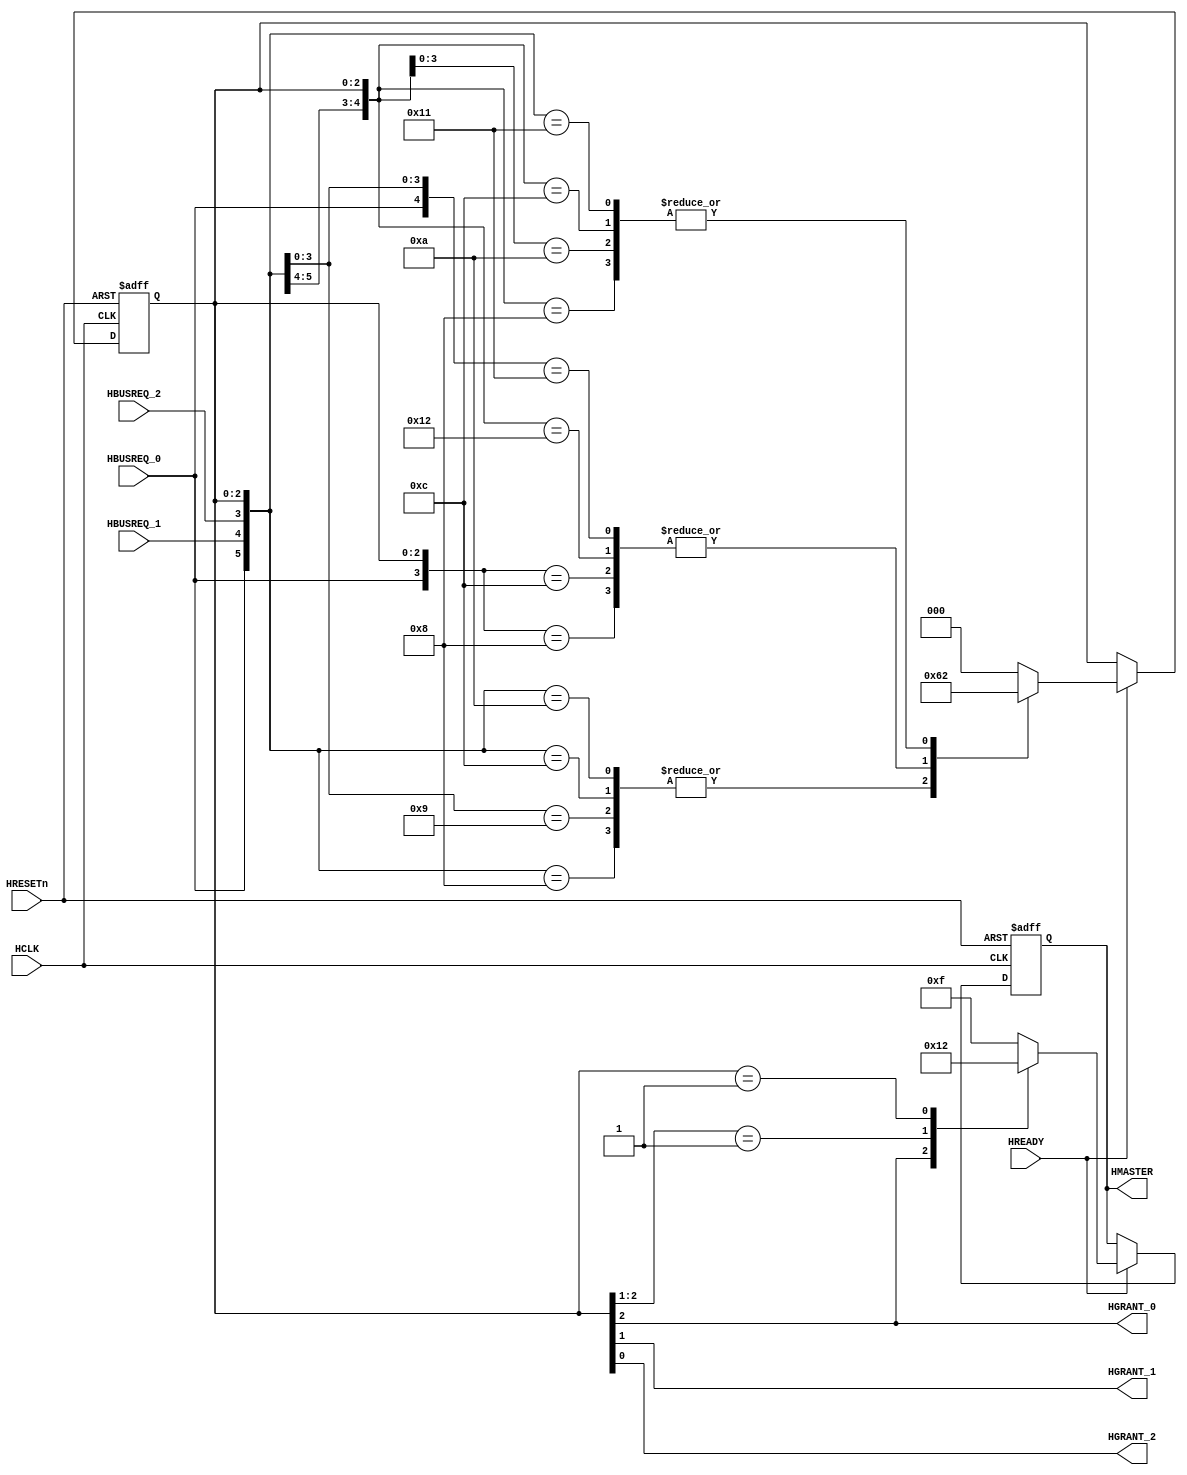
`ifndef AHB_ARBITER_M3_V
`define AHB_ARBITER_M3_V
/*********************************************************
 * Copyright (c) 2008 by Ando Ki.
 * All right reserved.
 *********************************************************/
/* A simplified arbiter for AMBA AHB
 *
 */
`timescale 1ns/1ns

module ahb_arbiter_m3 (
       HRESETn,
       HCLK,
       HREADY,
       HBUSREQ_0,
       HBUSREQ_1,
       HBUSREQ_2,
       HGRANT_0,
       HGRANT_1,
       HGRANT_2,
       HMASTER
);
parameter P_NUM = 3; // the number of masters
       input        HRESETn;   wire       HRESETn;  
       input        HCLK;      wire       HCLK;
       input        HREADY;    wire       HREADY;
       input        HBUSREQ_0; wire       HBUSREQ_0;
       input        HBUSREQ_1; wire       HBUSREQ_1;
       input        HBUSREQ_2; wire       HBUSREQ_2;
       output       HGRANT_0;  wire       HGRANT_0;
       output       HGRANT_1;  wire       HGRANT_1;
       output       HGRANT_2;  wire       HGRANT_2;
       output [3:0] HMASTER;   reg  [3:0] HMASTER;   
       //---------------------------------------------
       wire [0:2] hbusreq = {HBUSREQ_0,HBUSREQ_1,HBUSREQ_2};
       reg  [0:2] hgrant;
       assign {HGRANT_0, HGRANT_1, HGRANT_2} = hgrant;
       //---------------------------------------------
       always @ (posedge HCLK or negedge HRESETn) begin
          if (HRESETn==1'b0) hgrant <= 4'h0;
          else begin
               if (HREADY==1'b1) begin  // added by ADKI, 2008.12.08.
                  casex ({hbusreq,hgrant})
                      // priority
                      6'b1xx_000: hgrant <= 3'b100;
                      6'b01x_000: hgrant <= 3'b010;
                      6'b001_000: hgrant <= 3'b001;
                      // stay
                      6'b1xx_100: hgrant <= 3'b100;
                      6'bx1x_010: hgrant <= 3'b010;
                      6'bxx1_001: hgrant <= 3'b001;
                      // last
                      6'b000_xxx: hgrant <= 3'b000;
                      // last and handover
                      6'b01x_100: hgrant <= 3'b010;
                      6'b001_100: hgrant <= 3'b001;
                      6'b10x_010: hgrant <= 3'b100;
                      6'b001_010: hgrant <= 3'b001;
                      6'b1x0_001: hgrant <= 3'b100;
                      6'b010_001: hgrant <= 3'b010;
                      default   : hgrant <= 3'b000;
                  endcase
               end
          end
       end
       always @ (posedge HCLK or negedge HRESETn)
       begin
           if (HRESETn==1'b0) begin
               HMASTER <= 4'hF;
           end else begin
               if (HREADY==1'b1) begin
                  casex (hgrant)
                      3'b1xx:  HMASTER <= #1 4'h0;
                      3'b01x:  HMASTER <= #1 4'h1;
                      3'b001:  HMASTER <= #1 4'h2;
                      default: HMASTER <= #1 4'hF;
                  endcase
               end
           end
       end

// synopsys translate_off
`ifdef RIGOR
   wire [2:0] _hgrant = {HGRANT_0, HGRANT_1, HGRANT_2};
   always @ (posedge HCLK) begin
      if ((_hgrant!=3'b001)&&(_hgrant!=3'b010)&&(_hgrant!=3'b100)&&
          (_hgrant!=3'b000))
          $display($time,, "%m ERROR: more than one has been granted! 0x%x", _hgrant);
   end
`endif
// synopsys translate_on
endmodule
//********************************************************
// Revision history
//
// Dec. 08, 2008:
//      'hgrant' should be changed when HREADY is 1.
// May  05, 2008:
//      'hgrant' has been modified to reflect hand-over cases.
//********************************************************
`endif